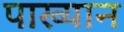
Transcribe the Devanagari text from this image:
पाख्यान